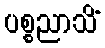
ပစ္စညာသိံ